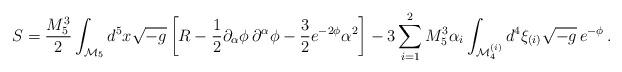
\begin{align*}S=\frac{M_5^3}{2}\int _{{\cal M}_5} d^5 x \sqrt{-g}\left[ R-\frac{1}{2}\partial _\alpha \phi \,\partial ^\alpha \phi -\frac{3}{2}e^{-2\phi }\alpha ^2\right] -3\sum_{i=1}^2 M_5^3\alpha _i \int _{{\cal M}_4^{(i)}} d^4 \xi_{(i)}\sqrt{-g}\,e^{-\phi }\,. \end{align*}